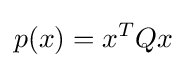
p(x)=x^{T}Qx